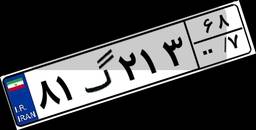
۸۱گ۲۱۳۶۸